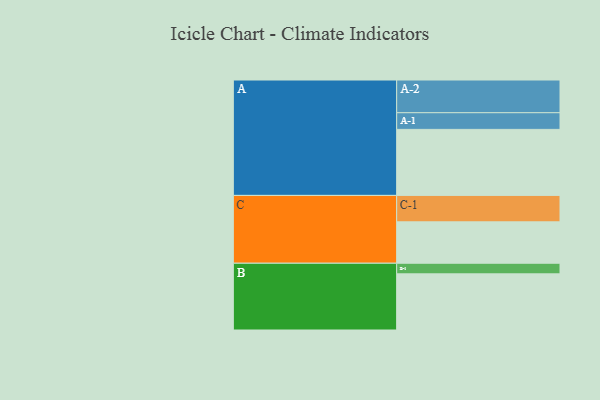
{"axis": {"x": "Segment", "y": "Value"}, "legend": ["", "A", "B", "C"], "data": [{"x": "A", "y": 555, "type": ""}, {"x": "B", "y": 472, "type": ""}, {"x": "C", "y": 348, "type": ""}, {"x": "A-1", "y": 140, "type": "A"}, {"x": "A-2", "y": 275, "type": "A"}, {"x": "B-1", "y": 89, "type": "B"}, {"x": "C-1", "y": 222, "type": "C"}]}